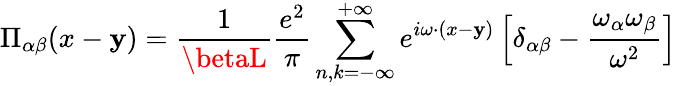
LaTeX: \Pi_{\alpha\beta}(x-\mathbf{y})=\frac{{1}}{{\betaL}}\frac{{e^{2}}}{{\pi}}\sum_{n,k=-\infty}^{+\infty}e^{i\omega\cdot(x-\mathbf{y})}\left[\delta_{\alpha\beta}-\frac{{\omega_{\alpha}\omega_{\beta}}}{{\omega^{2}}}\right]